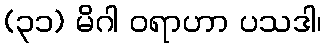
(၃၁) မိဂါ ဝရာဟာ ပသဒါ၊